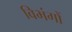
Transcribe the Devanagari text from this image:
विभंगों